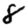
Digit: 8